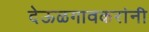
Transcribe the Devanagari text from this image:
देऊळगावकरांनी